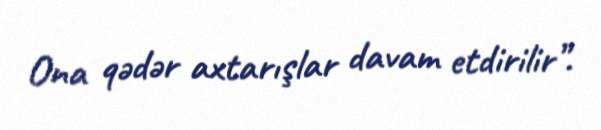
Ona qədər axtarışlar davam etdirilir”.